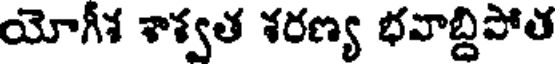
యోగీశ శాశ్వత శరణ్య భవాబ్దిపోత